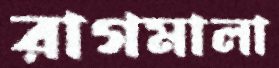
রাগমালা